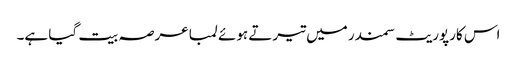
اس کارپوریٹ سمندر میں تیرتے ہوئے لمبا عرصہ بیت گیا ہے۔